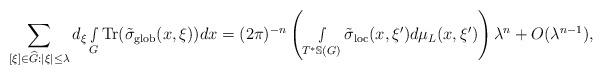
LaTeX: \begin{align*} \sum_{[\xi]\in \widehat{G}:|\xi|\leq \lambda}d_\xi\smallint\limits_G\textnormal{Tr}({\tilde\sigma}_{\textnormal{glob}}(x,\xi))dx=(2\pi)^{-n}\left( \smallint\limits_{T^*\mathbb{S}(G)}{\tilde\sigma}_{\textnormal{loc}}(x,\xi')d\mu_L(x,\xi')\right)\lambda^n+O(\lambda^{n-1}),\end{align*}